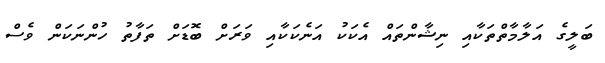
ބަލީގެ އަލާމާތްތަކާއި ނިޝާންތައް އެކަކު އަނެކަކާއި ވަރަށް ބޮޑަށް ތަފާތު ހުންނަކަން ވެސް